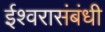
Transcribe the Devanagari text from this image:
ईश्वरासंबंधी